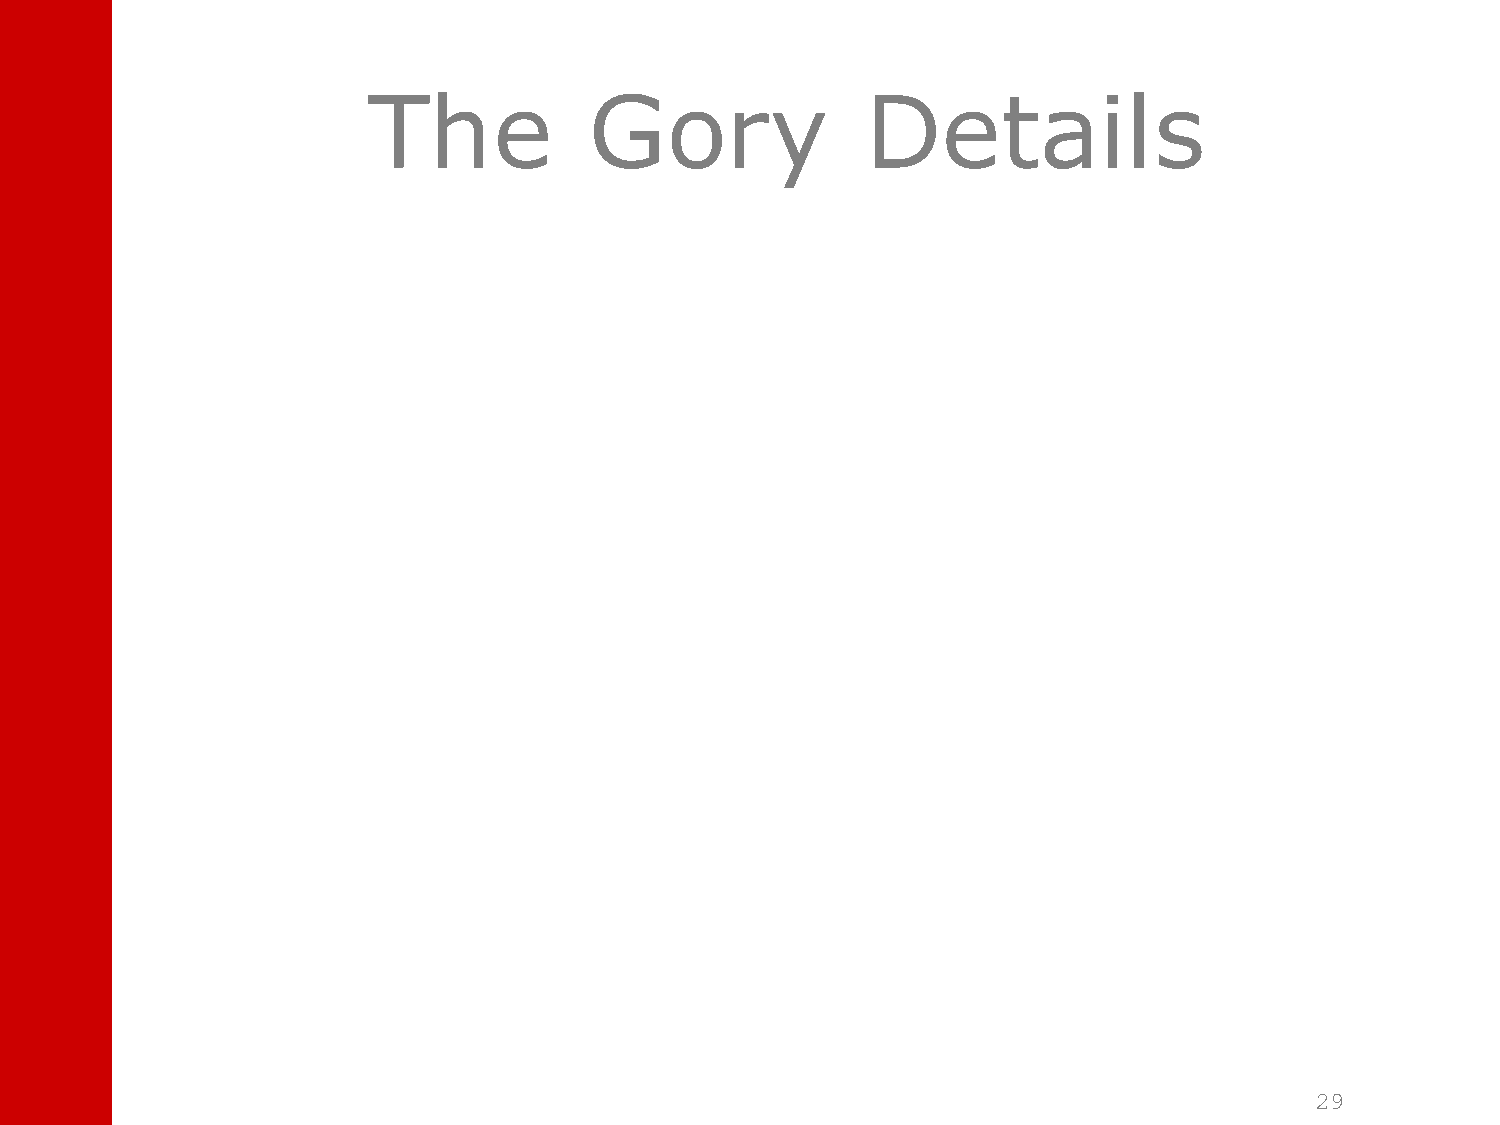
The            Gory              Details
 29